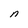
Character: n